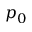
p _ { 0 }